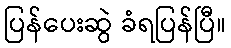
ပြန်ပေးဆွဲ ခံရပြန်ပြီ။